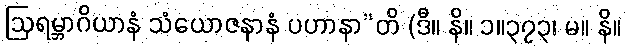
ဩရမ္ဘာဂိယာနံ သံယောဇနာနံ ပဟာနာ”တိ (ဒီ။ နိ။ ၁။၃၇၃၊ မ။ နိ။